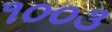
૧૦૦૩